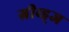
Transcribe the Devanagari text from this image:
ग्रीव्ह्‌ज